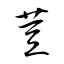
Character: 荳